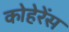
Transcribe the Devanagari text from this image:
कोहेरेंस